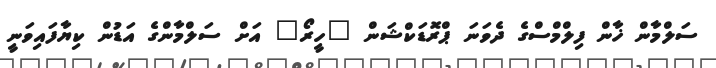
ސަލްމާން ޚާން ފިލްމްސްގެ ދެވަނަ ޕްރޮޑަކްޝަން "ހީރޯ" އަށް ސަލްމާންގެ އަޑުން ކިޔާފައިވަނީ